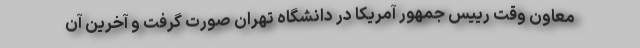
معاون وقت رییس جمهور آمریکا در دانشگاه تهران صورت گرفت و آخرین آن